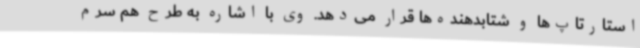
استارتاپ‌ها و شتابدهنده‌ها قرار می‌دهد. وی با اشاره به طرح هم سرم